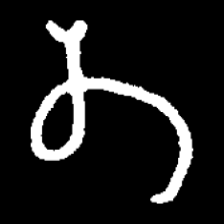
Pyu character \u2014 Myanmar letter: တ (romanized: ta)